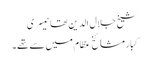
شیخ جلال الدین تھانیسری
کبار مشائخ عظام میں سے تھے۔